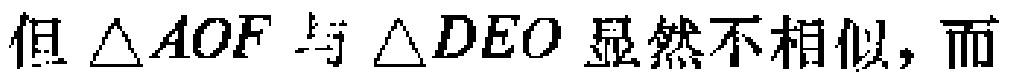
但 $\triangle AOF$ 与 $\triangle DEO$ 显然不相似，而